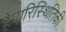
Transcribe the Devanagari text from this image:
हैपारिस्थितिकी